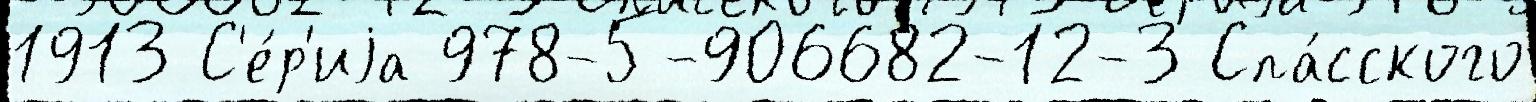
1913 С'е́р'иjа 978-5-906682-12-3 Спа́сского